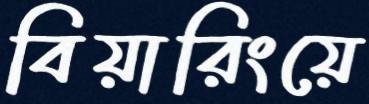
বিয়ারিংয়ে